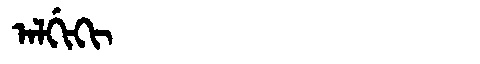
Manchu: ᠠᠯᡤᡳᡴᡳ
Romanization: ALGIKI